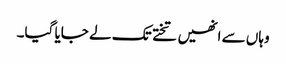
وہاں سے انھیں تختے تک لے جایا گیا۔